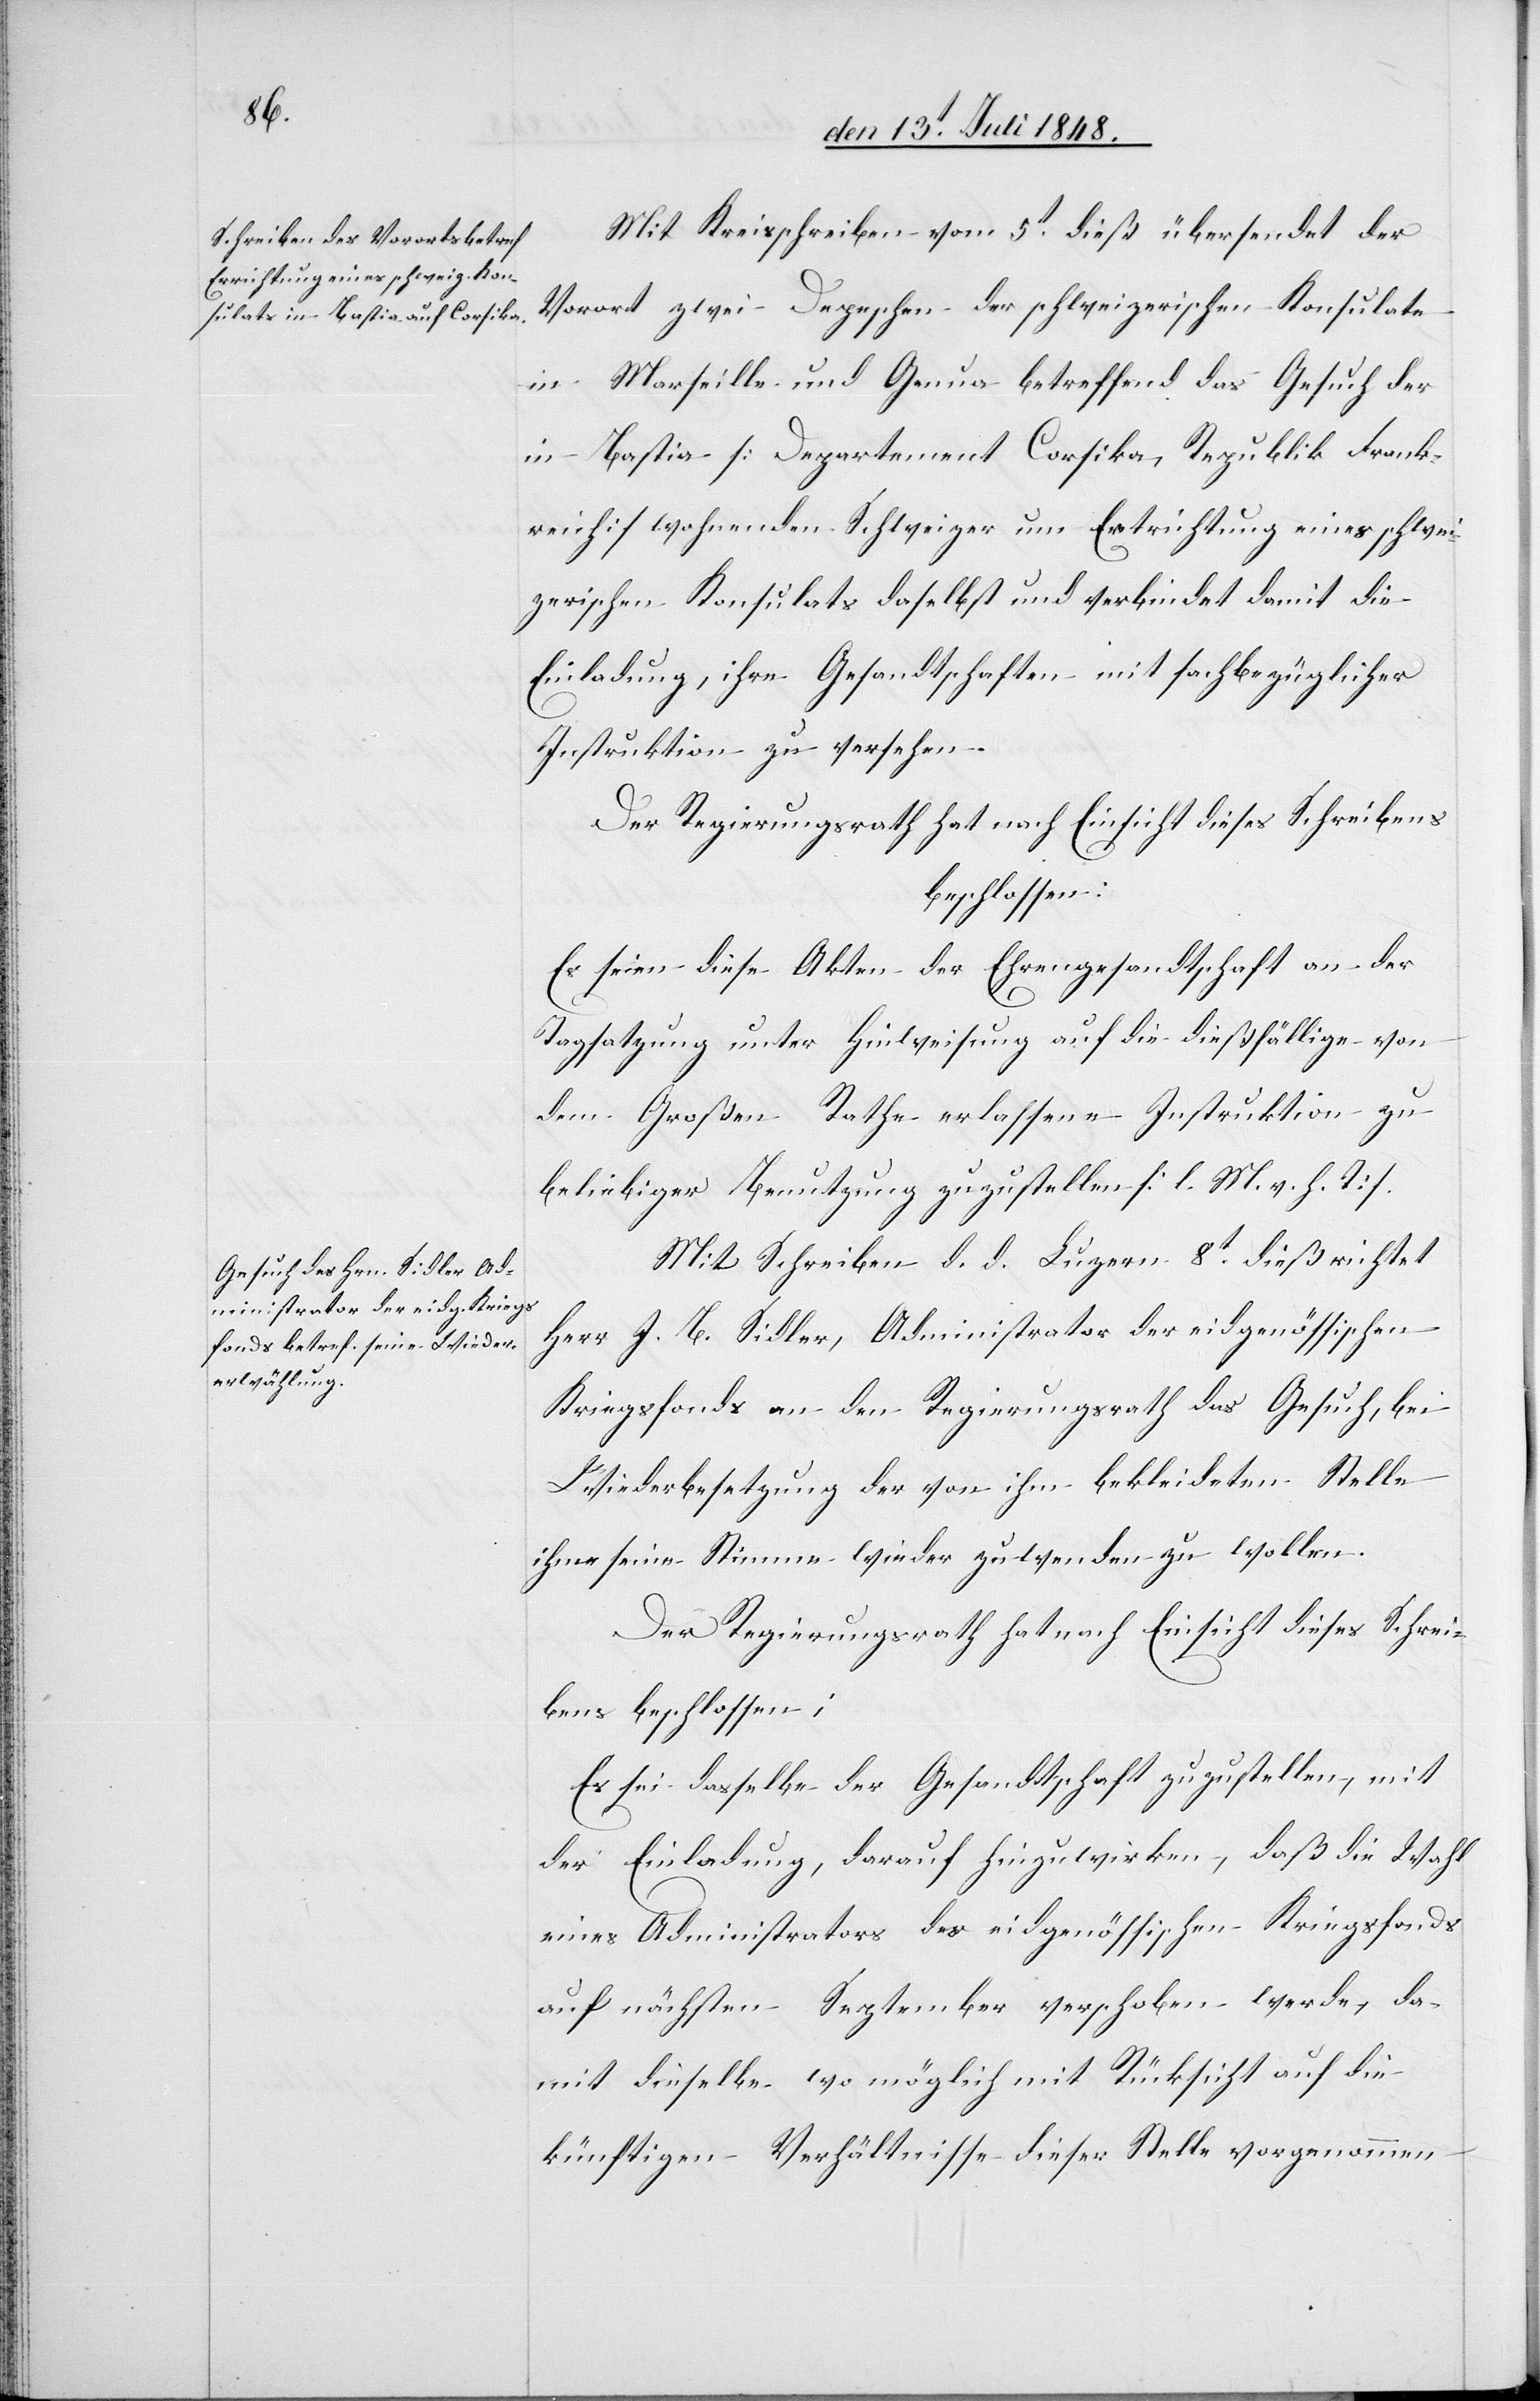
Mit Kreisschreiben vom 5t dieß übersendet der
Vorort zwei Depeschen der schweizerischen Konsulate
in Marseille und Genua betreffend das Gesuch der
in Bastia [Departement Corsika, Republik Frank¬
reich] wohnenden Schweizer um Ertrichtung [sic!] eines schwei¬
zerischen Konsulats daselbst und verbindet damit die
Einladung, ihre Gesandtschaften mit sachbezüglicher
Instruktion zu versehen.
Der Regierungsrath hat nach Einsicht dieses Schreibens
beschlossen:
Es seien diese Akten der Ehrengesandtschaft an der
Tagsatzung unter Hinweisung auf die dießfällige von
dem Großen Rathe erlassene Instruktion zu
beliebiger Benutzung zuzustellen. [l. M. v. h. T]
Mit Schreiben d. d. Luzern 8t dieß richtet
Herr J. B. Sidler, Administrator des eidgenössischen
Kriegsfonds an den Regierungsrath das Gesuch, bei
Wiederbesetzung der von ihm bekleideten Stelle
ihm seine Stimme wieder zu wenden zu wollen.
Der Regierungsrath hat nach Einsicht dieses Schrei¬
bens beschlossen:
Es sei dasselbe der Gesandtschaft zuzustellen, mit
der Einladung, darauf hinzuwirken, daß die Wahl
eines Administrators des eidgenössischen Kriegsfonds
auf nächsten September verschoben werde, da¬
mit dieselbe wo möglich mit Rücksicht auf die
künftigen Verhältnisse dieser Stelle vorgenommen